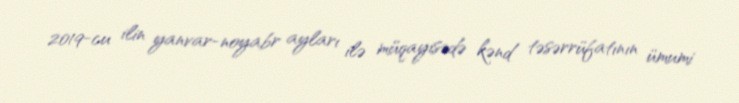
2019-cu ilin yanvar-noyabr ayları ilə müqayisədə kənd təsərrüfatının ümumi